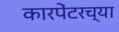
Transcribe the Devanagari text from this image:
कारपेंटरच्या